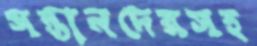
সন্তানদেরসহ